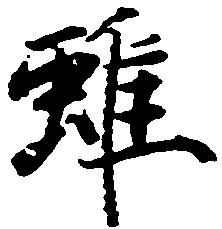
雖